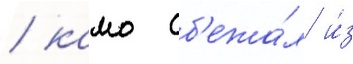
/ камо сб'ежа́л и́з